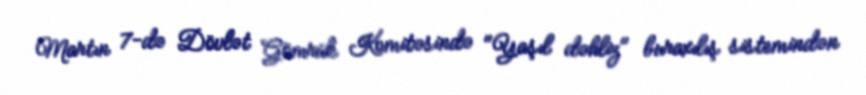
Martın 7-də Dövlət Gömrük Komitəsində "Yaşıl dəhliz" buraxılış sistemindən